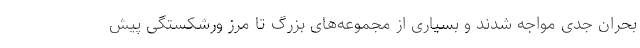
بحران جدی مواجه شدند و بسیاری از مجموعه‌های بزرگ تا مرز ورشکستگی پیش